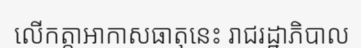
លើកត្តាអាកាសធាតុនេះ រាជរដ្ឋាភិបាល